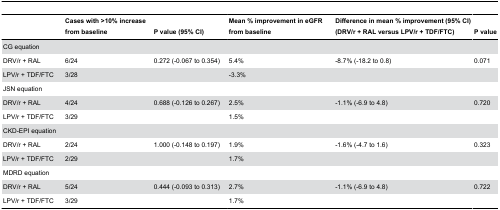
<table><thead><tr><td></td><td><b>Cases with &gt;10% increase from baseline</b></td><td><b>P value (95% CI)</b></td><td><b>Mean % improvement in eGFR from baseline</b></td><td><b>Difference in mean % improvement (95% CI)(DRV/r + RAL versus LPV/r + TDF/FTC)</b></td><td><b>P value</b></td></tr></thead><tbody><tr><td>CG equation</td><td></td><td></td><td></td><td></td><td></td></tr><tr><td>DRV/r + RAL</td><td>6/24</td><td>0.272 (-0.067 to 0.354)</td><td>5.4%</td><td>-8.7% (-18.2 to 0.8)</td><td>0.071</td></tr><tr><td>LPV/r + TDF/FTC</td><td>3/28</td><td></td><td>-3.3%</td><td></td><td></td></tr><tr><td>JSN equation</td><td></td><td></td><td></td><td></td><td></td></tr><tr><td>DRV/r + RAL</td><td>4/24</td><td>0.688 (-0.126 to 0.267)</td><td>2.5%</td><td>-1.1% (-6.9 to 4.8)</td><td>0.720</td></tr><tr><td>LPV/r + TDF/FTC</td><td>3/29</td><td></td><td>1.5%</td><td></td><td></td></tr><tr><td>CKD-EPI equation</td><td></td><td></td><td></td><td></td><td></td></tr><tr><td>DRV/r + RAL</td><td>2/24</td><td>1.000 (-0.148 to 0.197)</td><td>1.9%</td><td>-1.6% (-4.7 to 1.6)</td><td>0.323</td></tr><tr><td>LPV/r + TDF/FTC</td><td>2/29</td><td></td><td>1.7%</td><td></td><td></td></tr><tr><td>MDRD equation</td><td></td><td></td><td></td><td></td><td></td></tr><tr><td>DRV/r + RAL</td><td>5/24</td><td>0.444 (-0.093 to 0.313)</td><td>2.7%</td><td>-1.1% (-6.9 to 4.8)</td><td>0.722</td></tr><tr><td>LPV/r + TDF/FTC</td><td>3/29</td><td></td><td>1.7%</td><td></td><td></td></tr></tbody></table>